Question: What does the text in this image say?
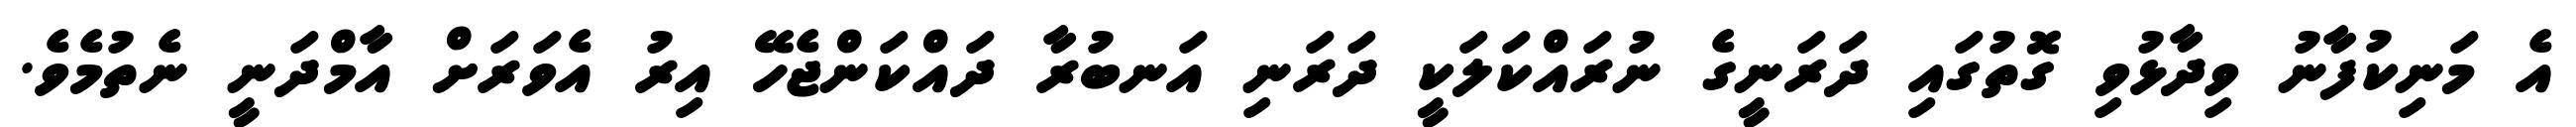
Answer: އެ މަނިކުފާނު ވިދާޅުވި ގޮތުގައި ދަރަނީގެ ނުރައްކަލަކީ ދަރަނި އަނބުރާ ދައްކަންޖެހޭ އިރު އެވަރަށް އާމްދަނީ ނެތުމެވެ.